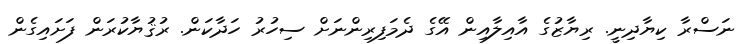
ނަސްރާ ކިޔާދިނީ. ރިޔާޒުގެ އާއިލާއިން އޭގެ ދެމަފިރިންނަށް ސިހުރު ހަދާކަން. ރުޤުޔާކުރަން ފަށައިގެން